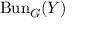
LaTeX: \operatorname { B u n } _ { G } ( Y )